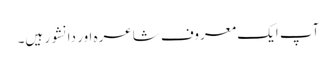
آپ ایک معروف شاعرہ اور دانشور ہیں۔